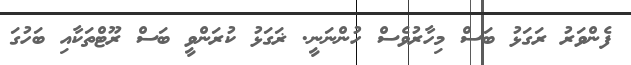
ފެންވަރު ރަގަޅު ބަސް މިހާރުވެސް ހުންނަނީ. ޜަގަޅު ކުރަންވީ ބަސް ރޫޓްތަކާއި ބަހުގަ